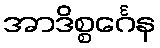
အာဒိစ္စင်္ဂေန